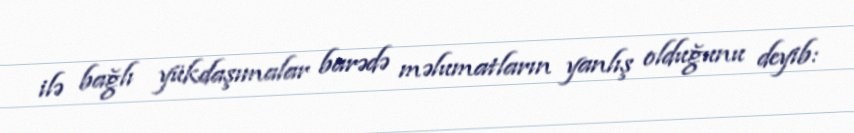
ilə bağlı yükdaşımalar barədə məlumatların yanlış olduğunu deyib: